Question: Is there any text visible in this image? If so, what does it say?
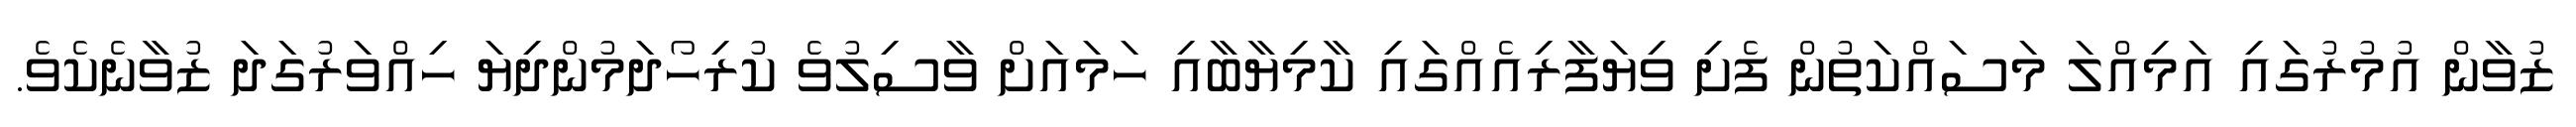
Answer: ޒުވާން އުމުރުގައި އަމިއްލަ މަސައްކަތުން ފެށި ވިޔަފާރިއެއްގައި ކާމިޔާބާއި ހަމައަށް ވާސިލުވެ ކުރިހޯދަމުންދިޔަ ހިއްވަރުގަދަ ޒުވާނެކެވެ.